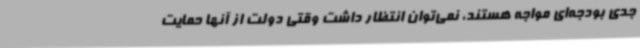
جدی بودجه‌ای مواجه هستند، نمی‌توان انتظار داشت وقتی دولت از آنها حمایت